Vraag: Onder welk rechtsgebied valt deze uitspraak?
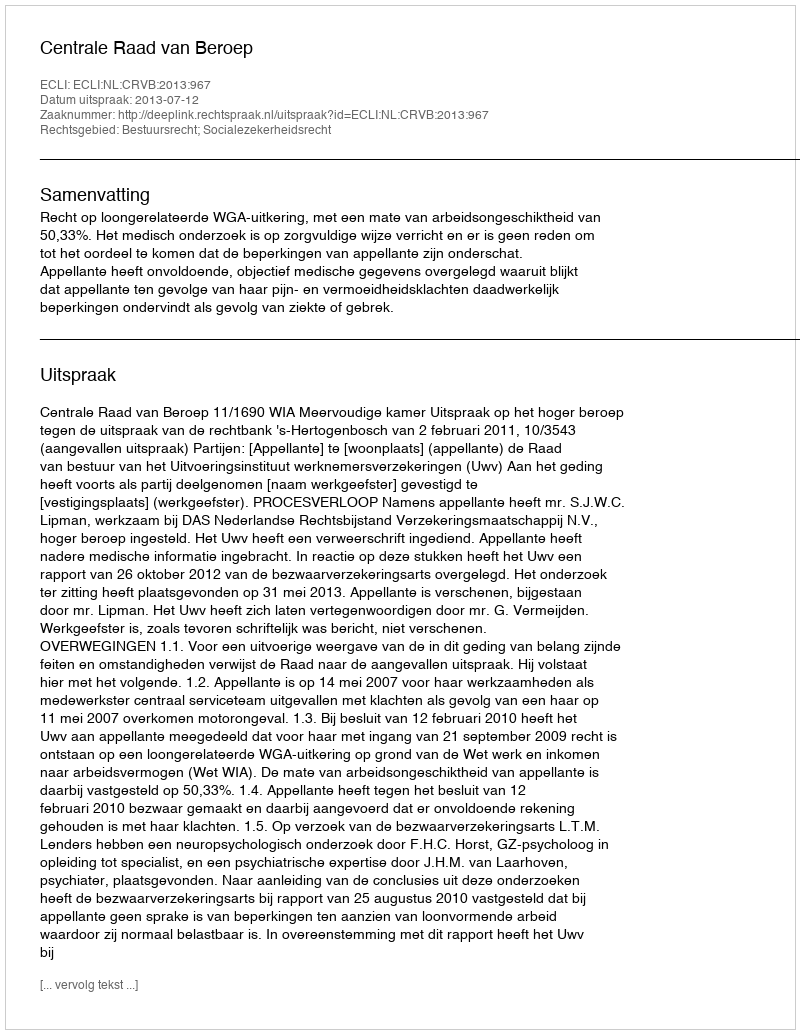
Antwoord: Bestuursrecht; Socialezekerheidsrecht